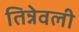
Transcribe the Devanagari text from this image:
तिन्नेवली